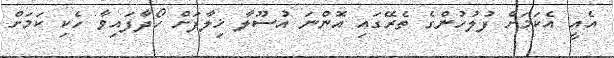
އެއީ އެކަމަށް ފުލުހުންގެ ތެރޭގައި އޮންނަ އުސޫލާ ޚިލާފަށް ހޯދާފައިވާ ހެކި ކަމަށް